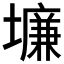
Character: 𱘉